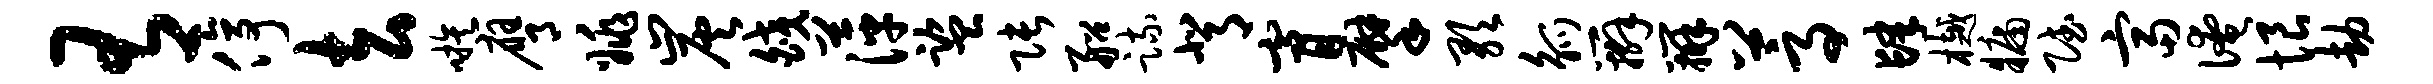
有停去嗾膺姚炭皎萍监张船疏背膏擘歌觚辫辨蒿肆樾牖赋富淹恨劫